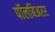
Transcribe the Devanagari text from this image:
पॉलबिअरर